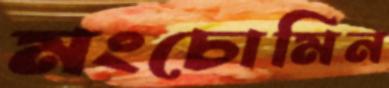
মংচোমিন